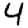
Digit: 4